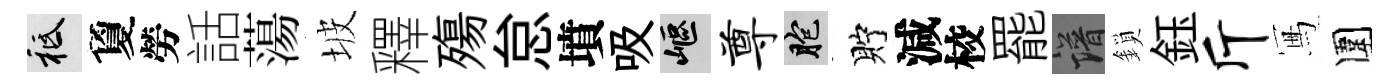
祇夐勞話蕩坡釋殤怠墳吸嶇尊胞貯減校罷譜鎖鈺斤冩圍